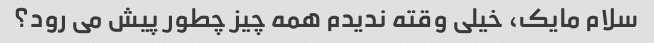
سلام مایک، خیلی وقته ندیدم همه چیز چطور پیش می رود؟